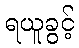
ရယူခွင့်